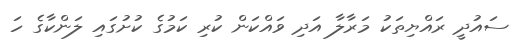
ސައުދީ ރައްޔިތަކު މަރާލާ އަަދި ވައްކަން ކުރި ކަމުގެ ކުށުގައި ލަންކާގެ ހަ